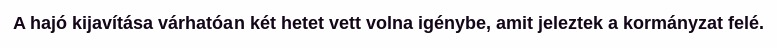
A hajó kijavítása várhatóan két hetet vett volna igénybe, amit jeleztek a kormányzat felé.